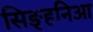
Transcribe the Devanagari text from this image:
सिङ्हनिआ